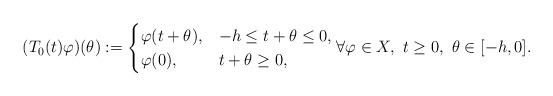
LaTeX: \begin{align*} (T_0(t)\varphi)(\theta) := \begin{cases} \varphi(t+\theta), &-h \leq t+ \theta \leq 0,\\ \varphi(0), &t+\theta \geq 0, \end{cases} \forall \varphi \in X, \ t \geq 0, \ \theta \in [-h,0].\end{align*}